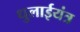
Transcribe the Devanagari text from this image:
धुलाईयंत्र